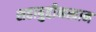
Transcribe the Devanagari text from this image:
शहाबुद्दीनखान